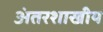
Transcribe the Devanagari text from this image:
अंतरशाखीय